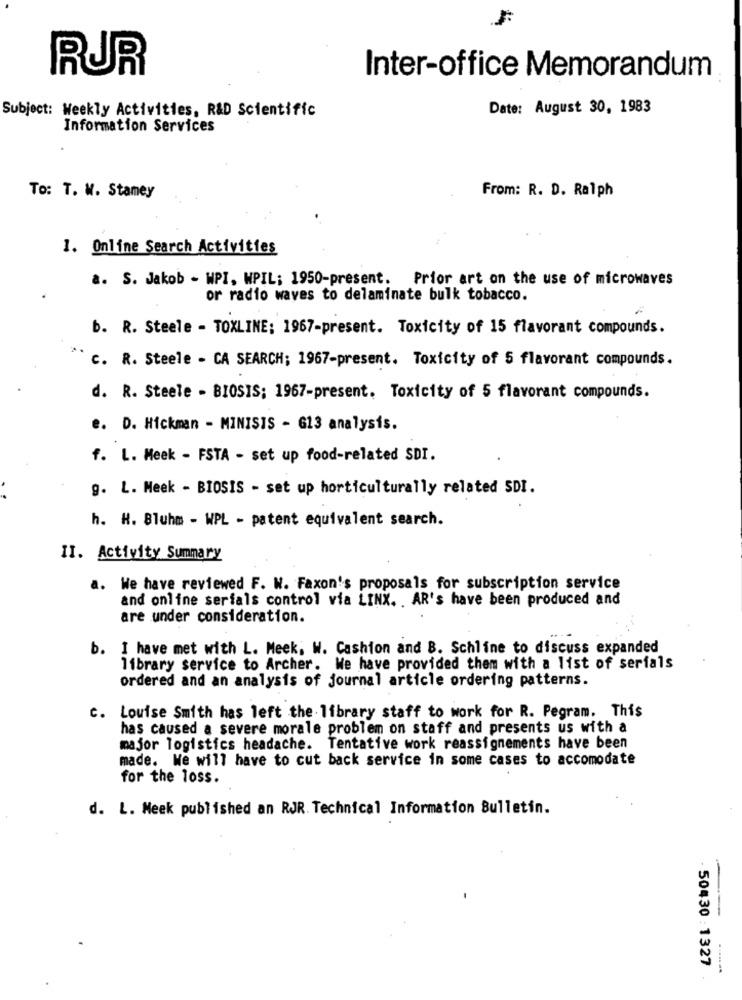
RUR
Inter-office Memorandum
Subject: Weekly Activities, R&D Scientific
Date: August 30, 1983
Information Services
To: T. W. Stamey
From: R. D. Ralph
1. Online Search Activities
a. S. Jakob - WPI, WPIL; 1950-present.
Prior art on the use of microwaves
or radio waves to delaminate bulk tobacco.
b. R. Steele - TOXLINE: 1967-present. Toxicity of 15 flavorant compounds.
C. R. Steele - CA SEARCH; 1967-present. Toxicity of 5 flavorant compounds.
d. R. Steele - BIOSIS; 1967-present. Toxicity of 5 flavorant compounds.
e. D. Hickman - MINISIS - 613 analysis.
f. L. Meek - FSTA - set up food-related SDI.
g. L. Meek - BIOSIS - set up horticulturally related SDI.
h. H. Bluhm - WPL - patent equivalent search.
II. Activity Summary
a. We have reviewed F. W. Faxon's proposals for subscription service
and online serials control via LINX. . AR's have been produced and
are under consideration.
b. I have met with L. Meek, W. Cashion and B. Schline to discuss expanded
library service to Archer. We have provided them with a list of serials
ordered and an analysis of journal article ordering patterns.
c. Louise Smith has left the library staff to work for R. Pegram. This
has caused a severe morale problem on staff and presents us with a
major logistics headache. Tentative work reassignements have been
made. We will have to cut back service in some cases to accomodate
for the loss.
d. L. Meek published an RJR. Technical Information Bulletin.
----
50430 : 1327